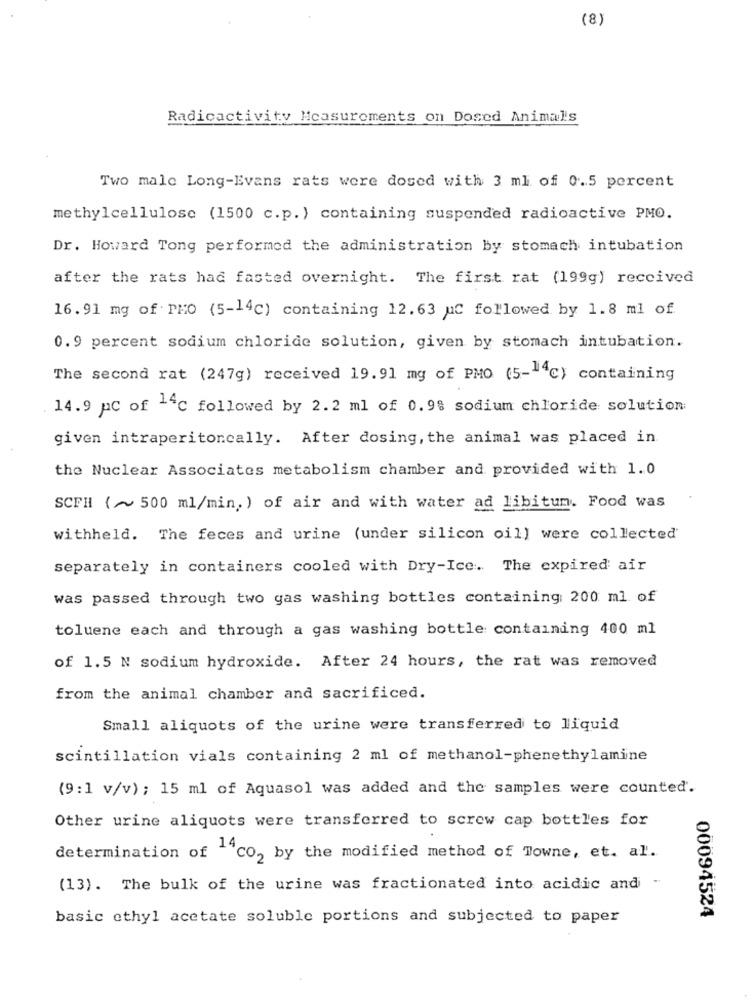
(8)
Radicactivity Measurements on Dosed Animals
Two male Long-Evans rats were dosed with 3 ml of 0.5 percent
methylcellulose (1500 c.p.) containing suspended radioactive PMO.
Dr. Howard Tong performed the administration by stomach intubation
after the rats had fasted overnight. The first rat (199g) received
16.91 mg of PMO (5-14c) containing 12.63 uc followed by 1.8 ml of.
0.9 percent sodium chloride solution, given by stomach intubation.
The second rat (247g) received 19.91 mg of PMO (5-4℃) containing
14.9 pC of 14C followed by 2.2 ml of 0.9% sodium chloride solution
given intraperitoneally. After dosing, the animal was placed in
the Nuclear Associates metabolism chamber and provided with 1.0
SCFH (~ 500 ml/min. ) of air and with water ad libitum. Food was
withheld. The feces and urine (under silicon oil] were collected
separately in containers cooled with Dry-Ice. The expired air
was passed through two gas washing bottles containing 200 ml of
toluene each and through a gas washing bottle containing 400 ml
of 1.5 N sodium hydroxide. After 24 hours, the rat was removed
from the animal chamber and sacrificed.
Small aliquots of the urine were transferred to liquid
scintillation vials containing 2 ml of methanol-phenethylamine
(9: 1 v/v); 15 ml of Aquasol was added and the samples were counted.
Other urine aliquots were transferred to screw cap bottles for
determination of ""CO, by the modified method of Towne, et. al.
(13). The bulk of the urine was fractionated into acidic and
00094524
basic ethyl acetate soluble portions and subjected to paper